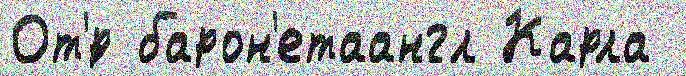
От'́р барон'етаангл Карла